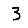
Digit: 3